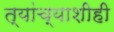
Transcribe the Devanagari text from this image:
त्यांच्याशीही